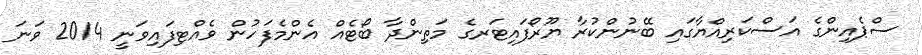
ސްޕެއިންގެ އަސްކަރިއްޔާގައި ބޭނުންކުރާ ޔޫރޯފައިޓަރގެ މަތިންދާ ބޯޓެއް އެންމެފަހުން ވެއްޓިފައިވަނީ 2014 ވަނަ